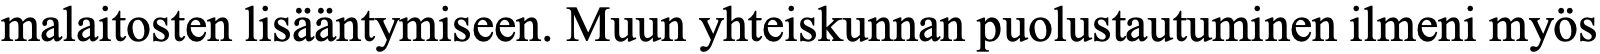
malaitosten lisääntymiseen. Muun yhteiskunnan puolustautuminen ilmeni myös